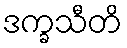
ဒက္ခသီတိ